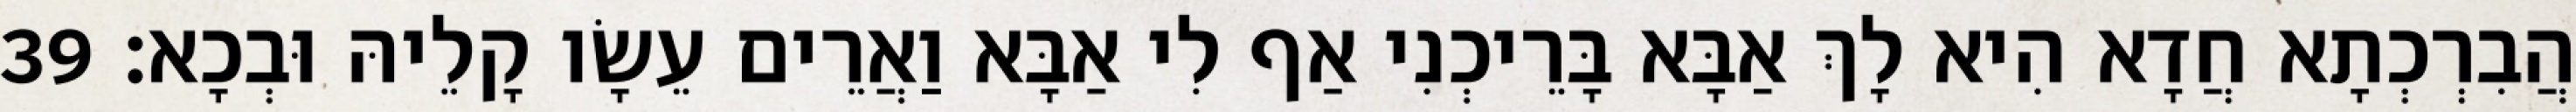
הֲבִרְכְתָא חֲדָא הִיא לָךְ אַבָּא בָּרֵיכְנִי אַף לִי אַבָּא וַאֲרֵים עֵשָׂו קָלֵיהּ וּבְכָא׃ 39